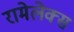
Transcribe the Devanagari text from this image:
रामेलेक्स